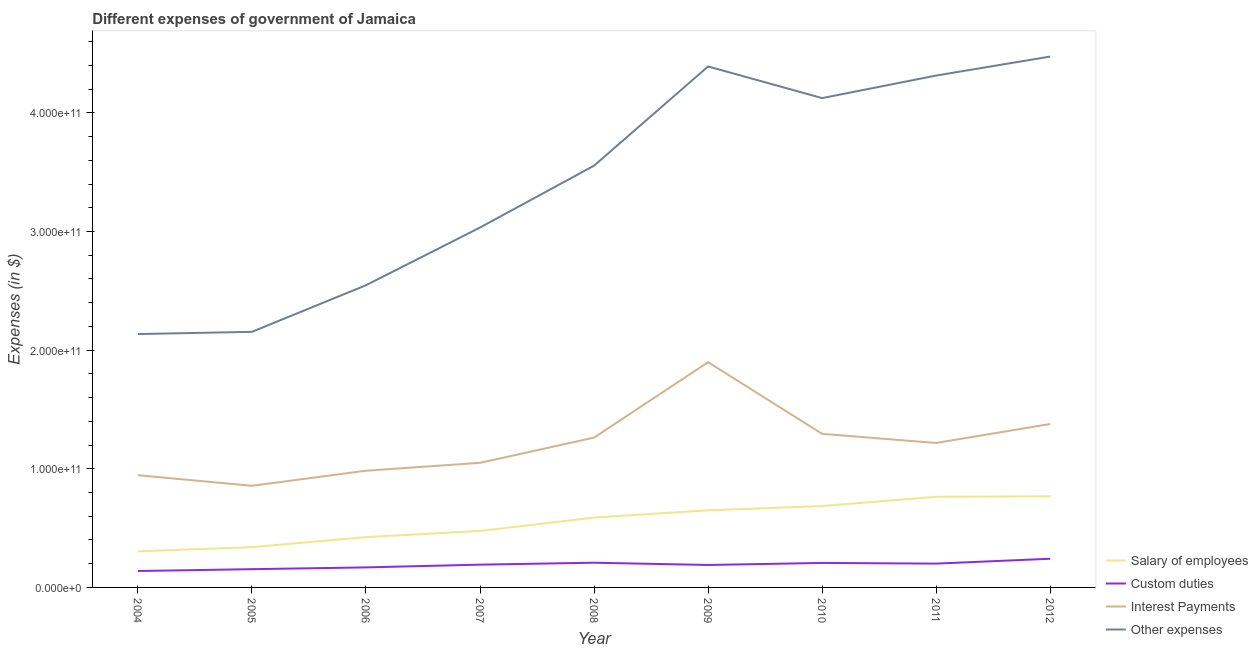
| Year | Salary of employees | Custom duties | Interest Payments | Other expenses |
 | --- | --- | --- | --- | --- |
 | 2004 | 3.04e+10 | 1.38e+10 | 9.46e+10 | 2.14e+11 |
 | 2005 | 3.39e+10 | 1.54e+10 | 8.57e+10 | 2.15e+11 |
 | 2006 | 4.24e+10 | 1.69e+10 | 9.84e+10 | 2.55e+11 |
 | 2007 | 4.76e+10 | 1.92e+10 | 1.05e+11 | 3.03e+11 |
 | 2008 | 5.89e+10 | 2.08e+10 | 1.26e+11 | 3.55e+11 |
 | 2009 | 6.5e+10 | 1.89e+10 | 1.9e+11 | 4.39e+11 |
 | 2010 | 6.86e+10 | 2.06e+10 | 1.29e+11 | 4.12e+11 |
 | 2011 | 7.64e+10 | 2.01e+10 | 1.22e+11 | 4.31e+11 |
 | 2012 | 7.68e+10 | 2.42e+10 | 1.38e+11 | 4.47e+11 |